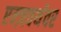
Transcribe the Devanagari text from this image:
एम्ज़वर्थवर